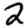
Digit: 2